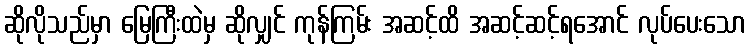
ဆိုလိုသည်မှာ မြေကြီးထဲမှ ဆိုလျှင် ကုန်ကြမ်း အဆင့်ထိ အဆင့်ဆင့်ရအောင် လုပ်ပေးသော